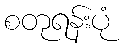
စတုရန်းပုံ